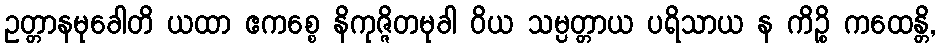
ဥတ္တာနမုခေါတိ ယထာ ဧကစ္စေ နိကုဇ္ဇိတမုခါ ဝိယ သမ္ပတ္တာယ ပရိသာယ န ကိဉ္စိ ကထေန္တိ,